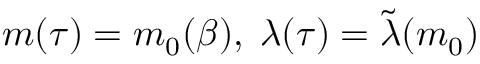
m ( \tau ) = m _ { 0 } ( \beta ) , \; \lambda ( \tau ) = \tilde { \lambda } ( m _ { 0 } )